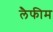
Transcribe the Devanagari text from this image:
लैफीम